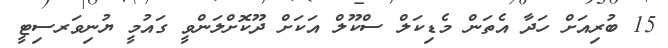
15 ބުރިއަށް ހަދާ އެތަން މެޑިކަލް ސްކޫލް އަކަށް ދޫކޮށްލަންވީ ގައުމީ ޔުނިވަރސިޓީ